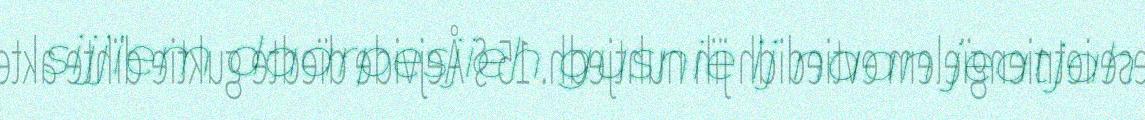
sijjiem daarpesjieh gusnie ij naan jeatjah